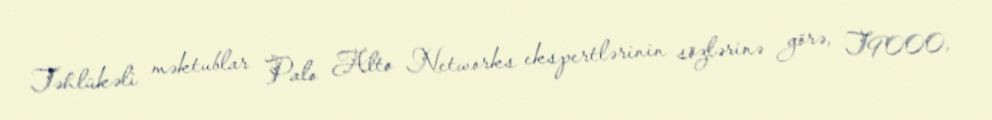
Təhlükəli məktublar Palo Alto Networks ekspertlərinin sözlərinə görə, T9000,